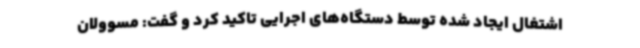
اشتغال ایجاد شده توسط دستگاه‌های اجرایی تاکید کرد و گفت: مسوولان